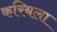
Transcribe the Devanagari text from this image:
करियला